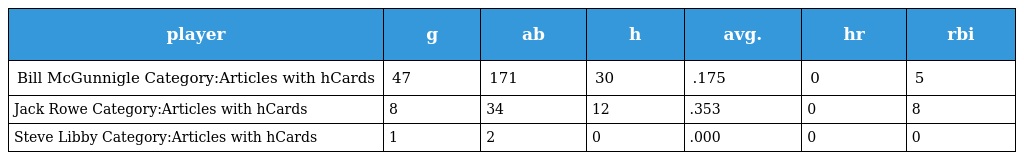
| player | g | ab | h | avg. | hr | rbi |
 | --- | --- | --- | --- | --- | --- | --- |
 | Bill McGunnigle Category:Articles with hCards | 47 | 171 | 30 | .175 | 0 | 5 |
 | Jack Rowe Category:Articles with hCards | 8 | 34 | 12 | .353 | 0 | 8 |
 | Steve Libby Category:Articles with hCards | 1 | 2 | 0 | .000 | 0 | 0 |